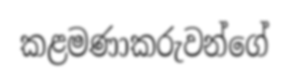
කළමණාකරුවන්ගේ